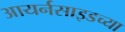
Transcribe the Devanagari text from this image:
आयर्नसाइडच्या